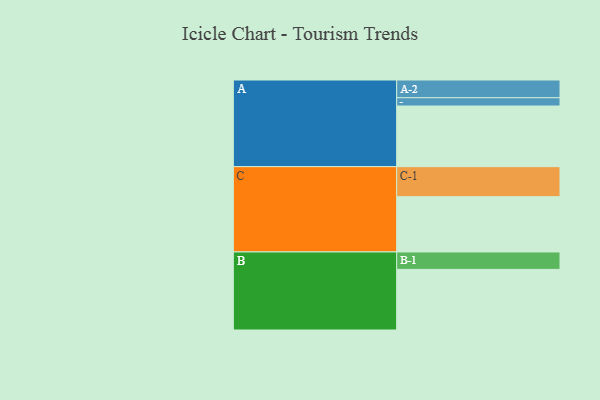
{"axis": {"x": "Segment", "y": "Value"}, "legend": ["", "A", "B", "C"], "data": [{"x": "A", "y": 578, "type": ""}, {"x": "B", "y": 578, "type": ""}, {"x": "C", "y": 527, "type": ""}, {"x": "A-1", "y": 79, "type": "A"}, {"x": "A-2", "y": 169, "type": "A"}, {"x": "B-1", "y": 166, "type": "B"}, {"x": "C-1", "y": 286, "type": "C"}]}